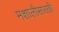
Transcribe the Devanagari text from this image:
मशालीसारखी